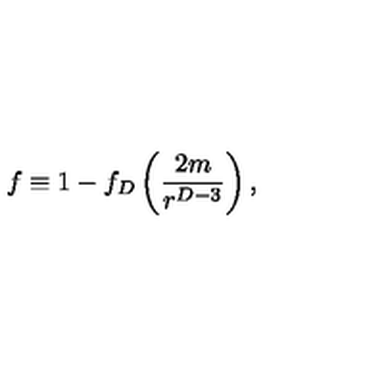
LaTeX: f \equiv 1 - f _ { D } \left( { \frac { 2 m } { r ^ { D - 3 } } } \right) ,